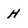
Character: H